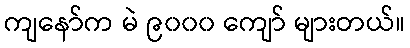
ကျနော်က မဲ ၉၀၀၀ ကျော် များတယ်။